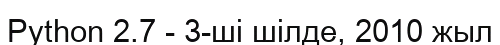
Python 2.7 - 3-ші шілде, 2010 жыл